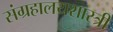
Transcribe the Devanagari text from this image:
संग्रहालयशास्त्री